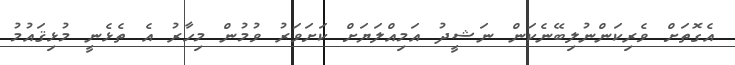
އެގޮތަށް ވެރިކަންނުލިބޭނެކަން ނަޝީދު އަމިއްލަޔަށް ކަށަވަރު ވުމުން މިހާރު އެ ތެޅެނީ މުޅިޤައުމު